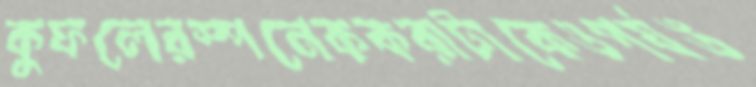
কুফলেরস্পনেককরাটাকেওপর্যঙ